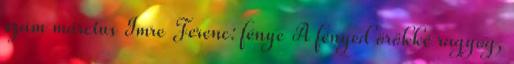
szám március Imre Ferenc: fénye A fényed örökké ragyog,